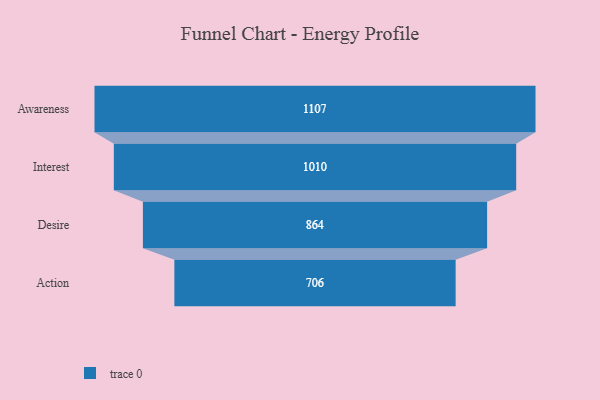
{"axis": {"x": "Stage", "y": "Value"}, "legend": [""], "data": [{"x": "Awareness", "y": 1107.0, "type": ""}, {"x": "Interest", "y": 1010.0, "type": ""}, {"x": "Desire", "y": 864.0, "type": ""}, {"x": "Action", "y": 706.0, "type": ""}]}